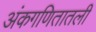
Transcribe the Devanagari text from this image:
अंकगणितातली